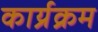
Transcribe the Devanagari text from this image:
कार्य्रक्रम